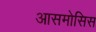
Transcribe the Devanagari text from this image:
आसमोसिस